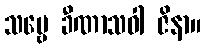
သဗ္ဗေ ခီဏာသဝါ ဇိနာ။